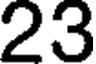
23